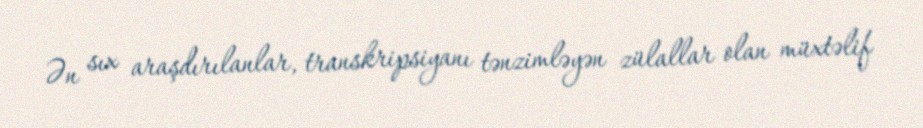
Ən sıx araşdırılanlar, transkripsiyanı tənzimləyən zülallar olan müxtəlif